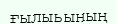
ғылыьының